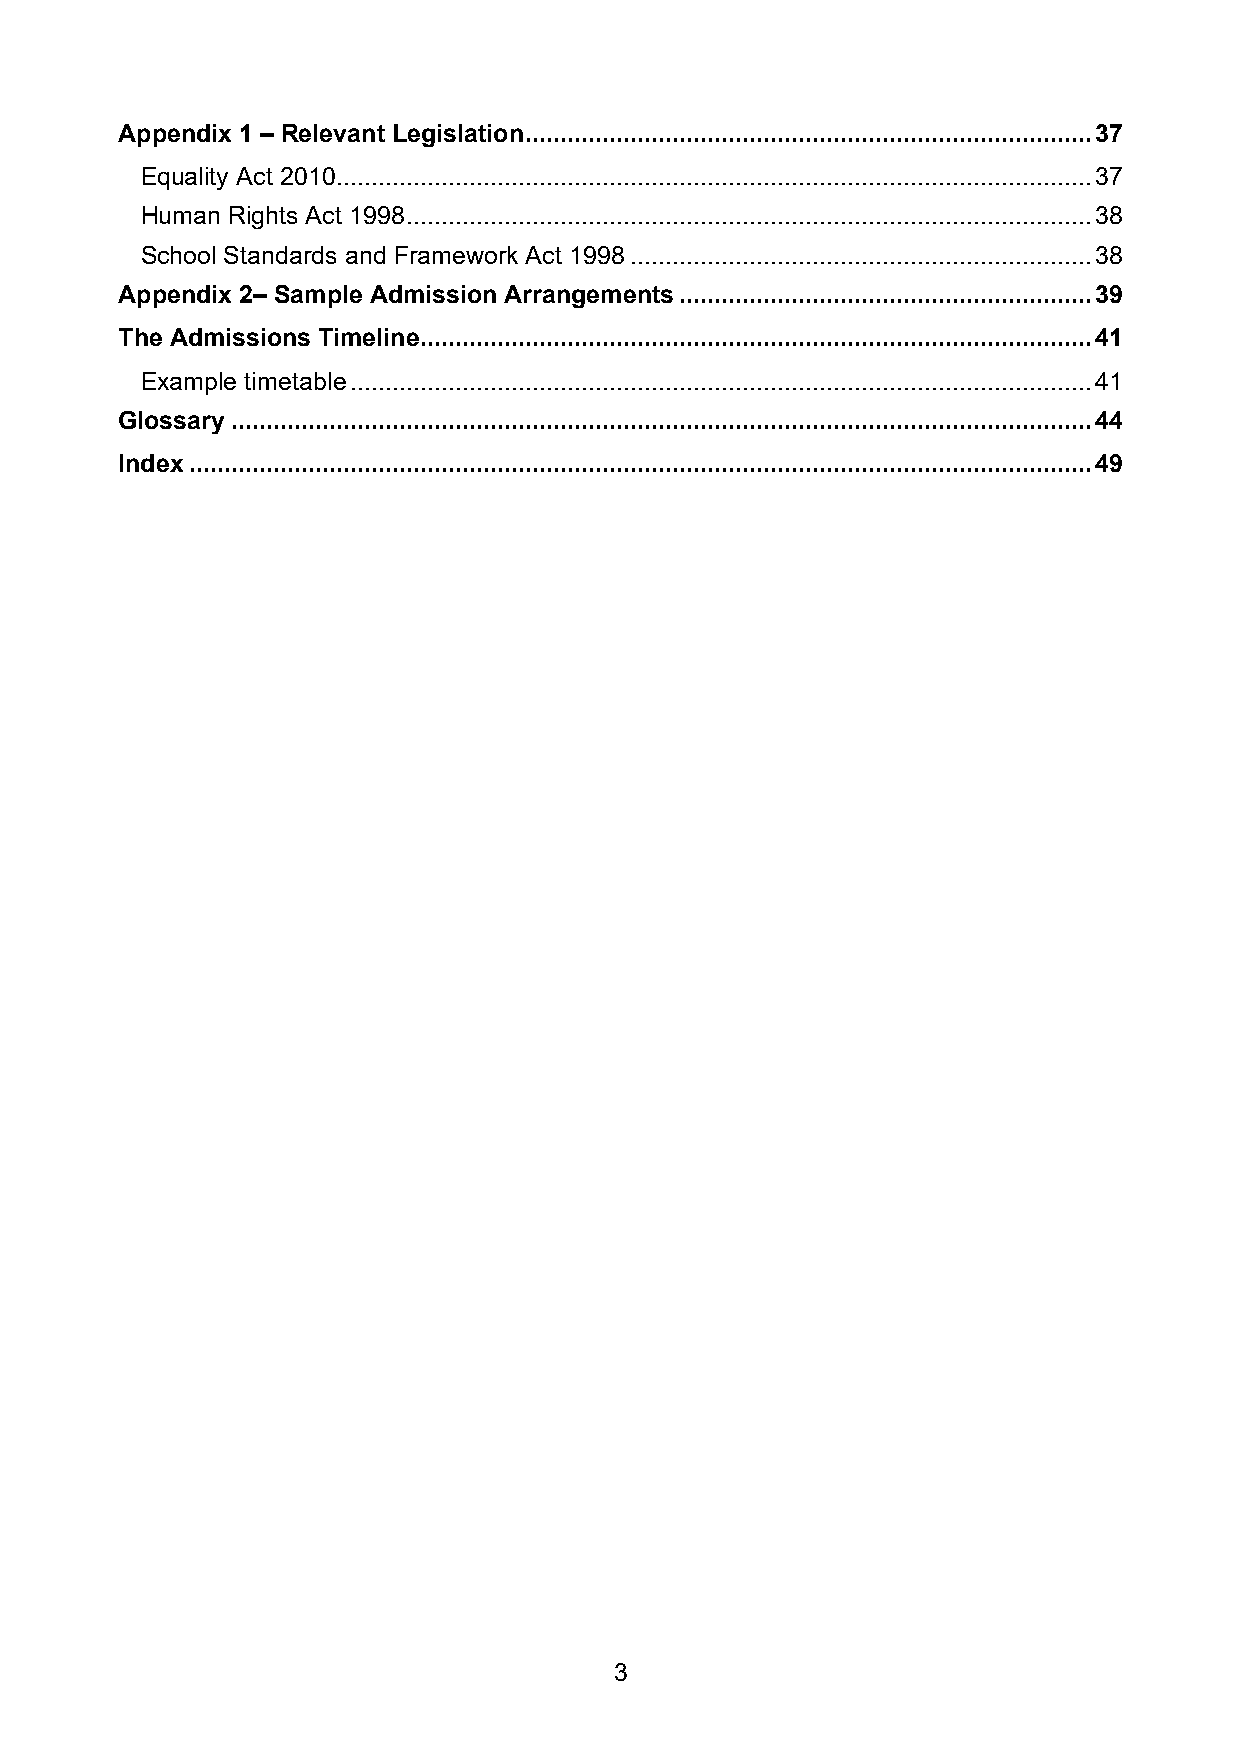
Appendix 1 – Relevant Legislation ................................................................................. 37
 Equality Act 2010 ............................................................................................................ 37
 Human Rights Act 1998 .................................................................................................. 38
 School Standards and Framework Act 1998 .................................................................. 38
 Appendix 2– Sample Admission Arrangements ........................................................... 39
 The Admissions Timeline ................................................................................................ 41
 Example timetable .......................................................................................................... 41
 Glossary ........................................................................................................................... 44
 Index ................................................................................................................................. 49
 3